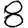
Digit: 8